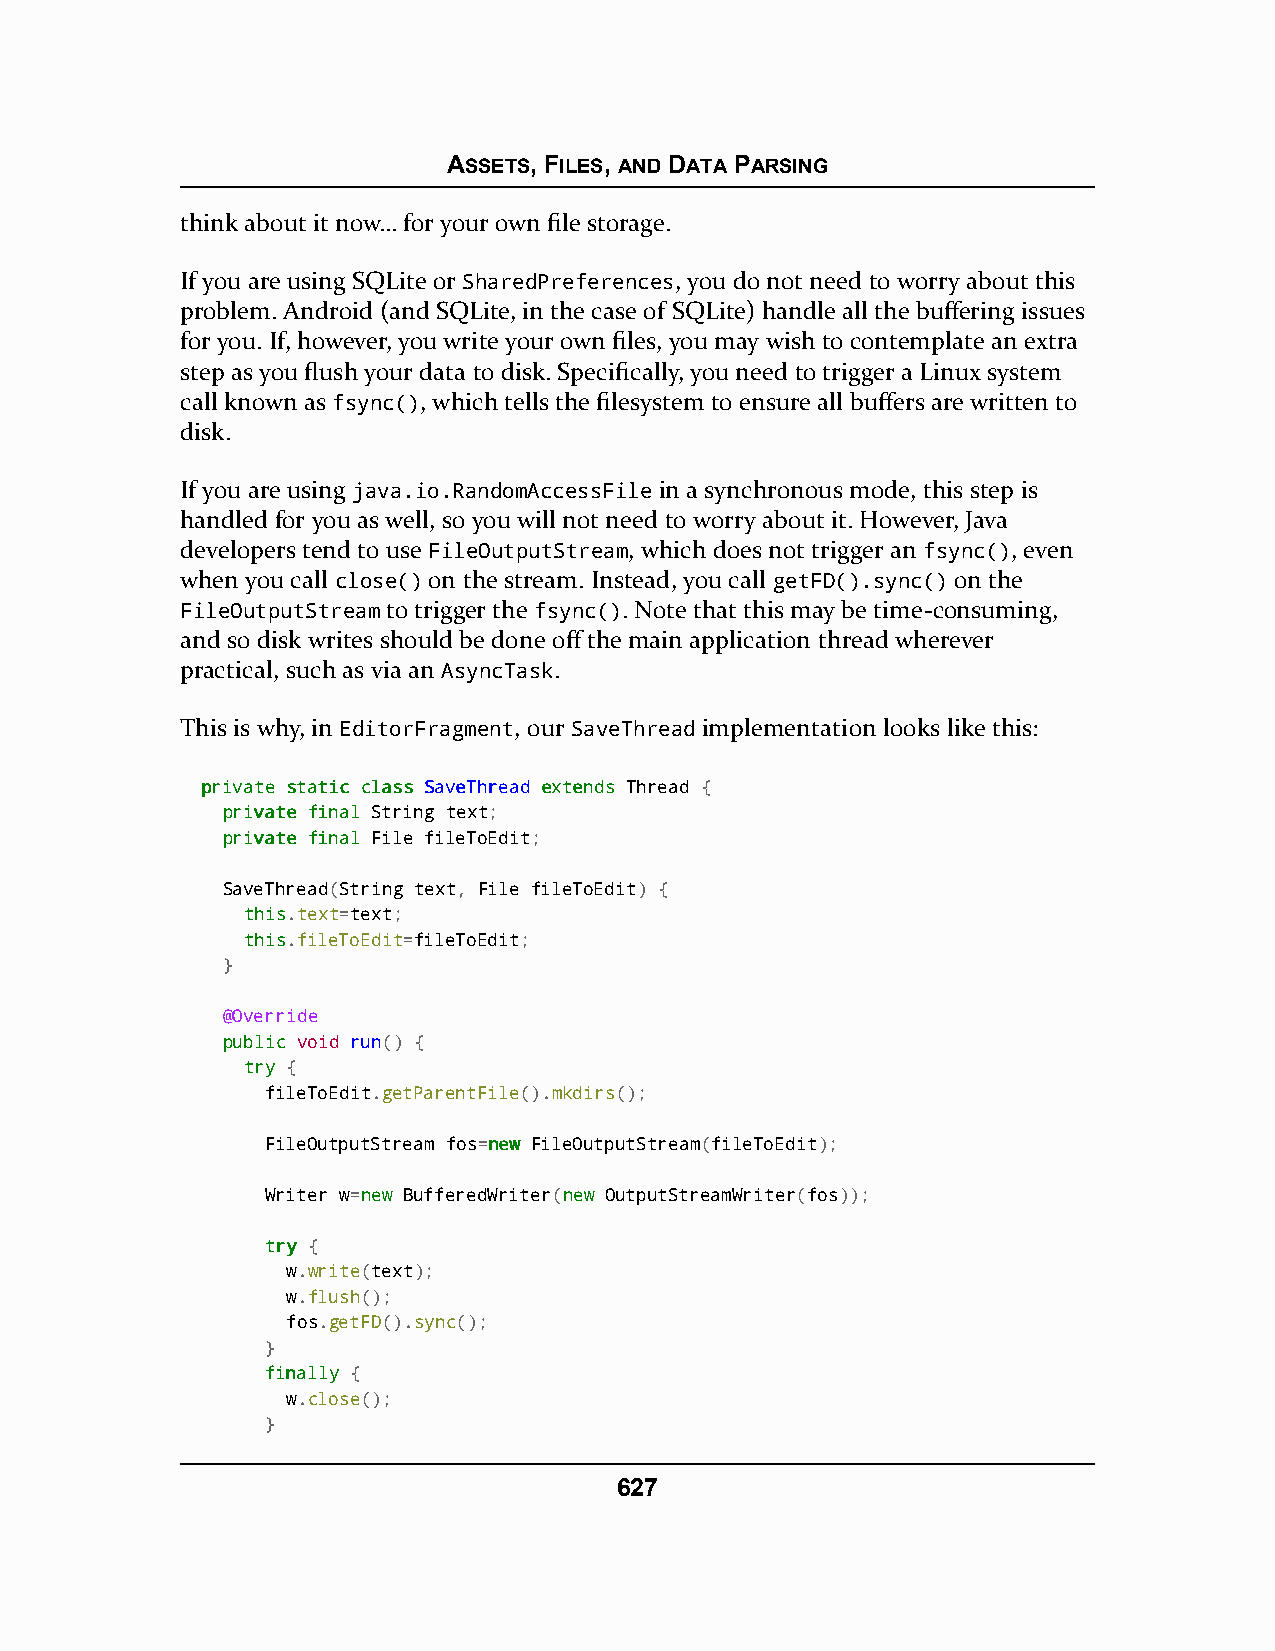
ASSETS, FILES, AND DATA PARSING
 think about it now… for your own file storage.
 If you are using SQLite or SharedPreferences, you do not need to worry about this
 problem. Android (and SQLite, in the case of SQLite) handle all the buffering issues
 for you. If, however, you write your own files, you may wish to contemplate an extra
 step as you flush your data to disk. Specifically, you need to trigger a Linux system
 call known as fsync(), which tells the filesystem to ensure all buffers are written to
 disk.
 If you are using java.io.RandomAccessFile in a synchronous mode, this step is
 handled for you as well, so you will not need to worry about it. However, Java
 developers tend to use FileOutputStream, which does not trigger an fsync(), even
 when you call close() on the stream. Instead, you call getFD().sync() on the
 FileOutputStream to trigger the fsync(). Note that this may be time-consuming,
 and so disk writes should be done off the main application thread wherever
 practical, such as via an AsyncTask.
 This is why, in EditorFragment, our SaveThread implementation looks like this:
 pprriivvaattee ssttaattiicc ccllaassss SSaavveeTThhrreeaadd eexxtteennddss Thread {
 pprriivvaattee ffiinnaall String text;
 pprriivvaattee ffiinnaall File fileToEdit;
 SaveThread(String text, File fileToEdit) {
 tthhiiss.text=text;
 tthhiiss.fileToEdit=fileToEdit;
 }
 @Override
 ppuubblliicc void run() {
 ttrryy {
 fileToEdit.getParentFile().mkdirs();
 FileOutputStream fos=nneeww FileOutputStream(fileToEdit);
 Writer w=nneeww BufferedWriter(nneeww OutputStreamWriter(fos));
 ttrryy {
 w.write(text);
 w.flush();
 fos.getFD().sync();
 }
 ffiinnaallllyy {
 w.close();
 }
 627